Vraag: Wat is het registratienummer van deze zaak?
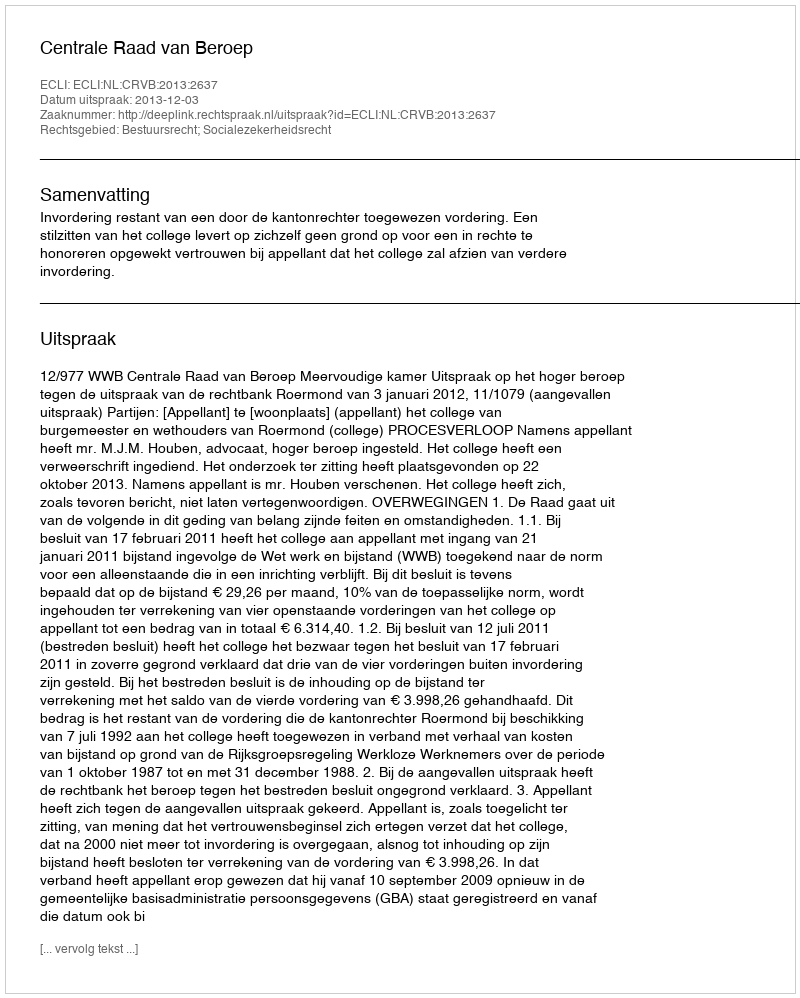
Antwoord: http://deeplink.rechtspraak.nl/uitspraak?id=ECLI:NL:CRVB:2013:2637